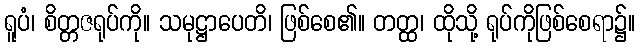
ရူပံ၊ စိတ္တဇရုပ်ကို။ သမုဋ္ဌာပေတိ၊ ဖြစ်စေ၏။ တတ္ထ၊ ထိုသို့ ရုပ်ကိုဖြစ်စေရာ၌။